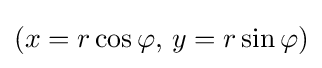
(x=r\cos \varphi ,\,y=r\sin \varphi )